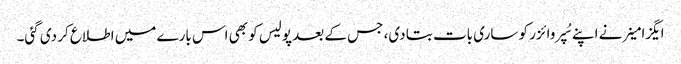
ایگزامینر نے اپنے سُپروائزر کو ساری بات بتا دی، جس کے بعد پولیس کو بھی اس بارے میں اطلاع کر دی گئی۔